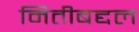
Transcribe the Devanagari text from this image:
मितीबद्दल